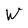
Character: W